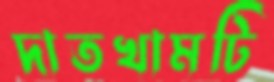
দাতখামটি